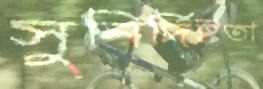
সুনির্দিষ্টতা